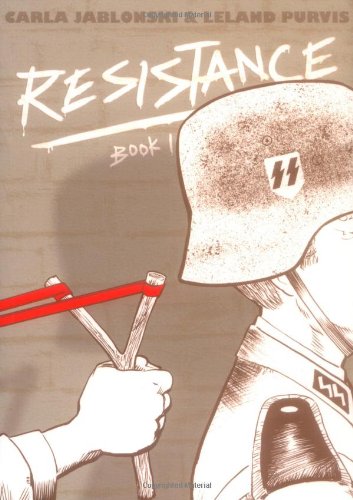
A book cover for Resistance: Book 1; Carla Jablonski; Teen & Young Adult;